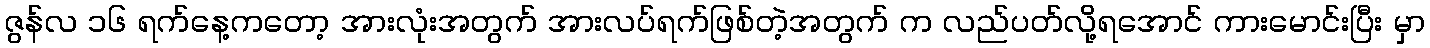
ဇွန်လ ၁၆ ရက်နေ့ကတော့ အားလုံးအတွက် အားလပ်ရက်ဖြစ်တဲ့အတွက် က လည်ပတ်လို့ရအောင် ကားမောင်းပြီး မှာ